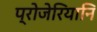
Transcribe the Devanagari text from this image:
प्रोजेरियानि